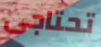
تحتاجى